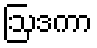
ဩဒကာ